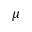
\mu